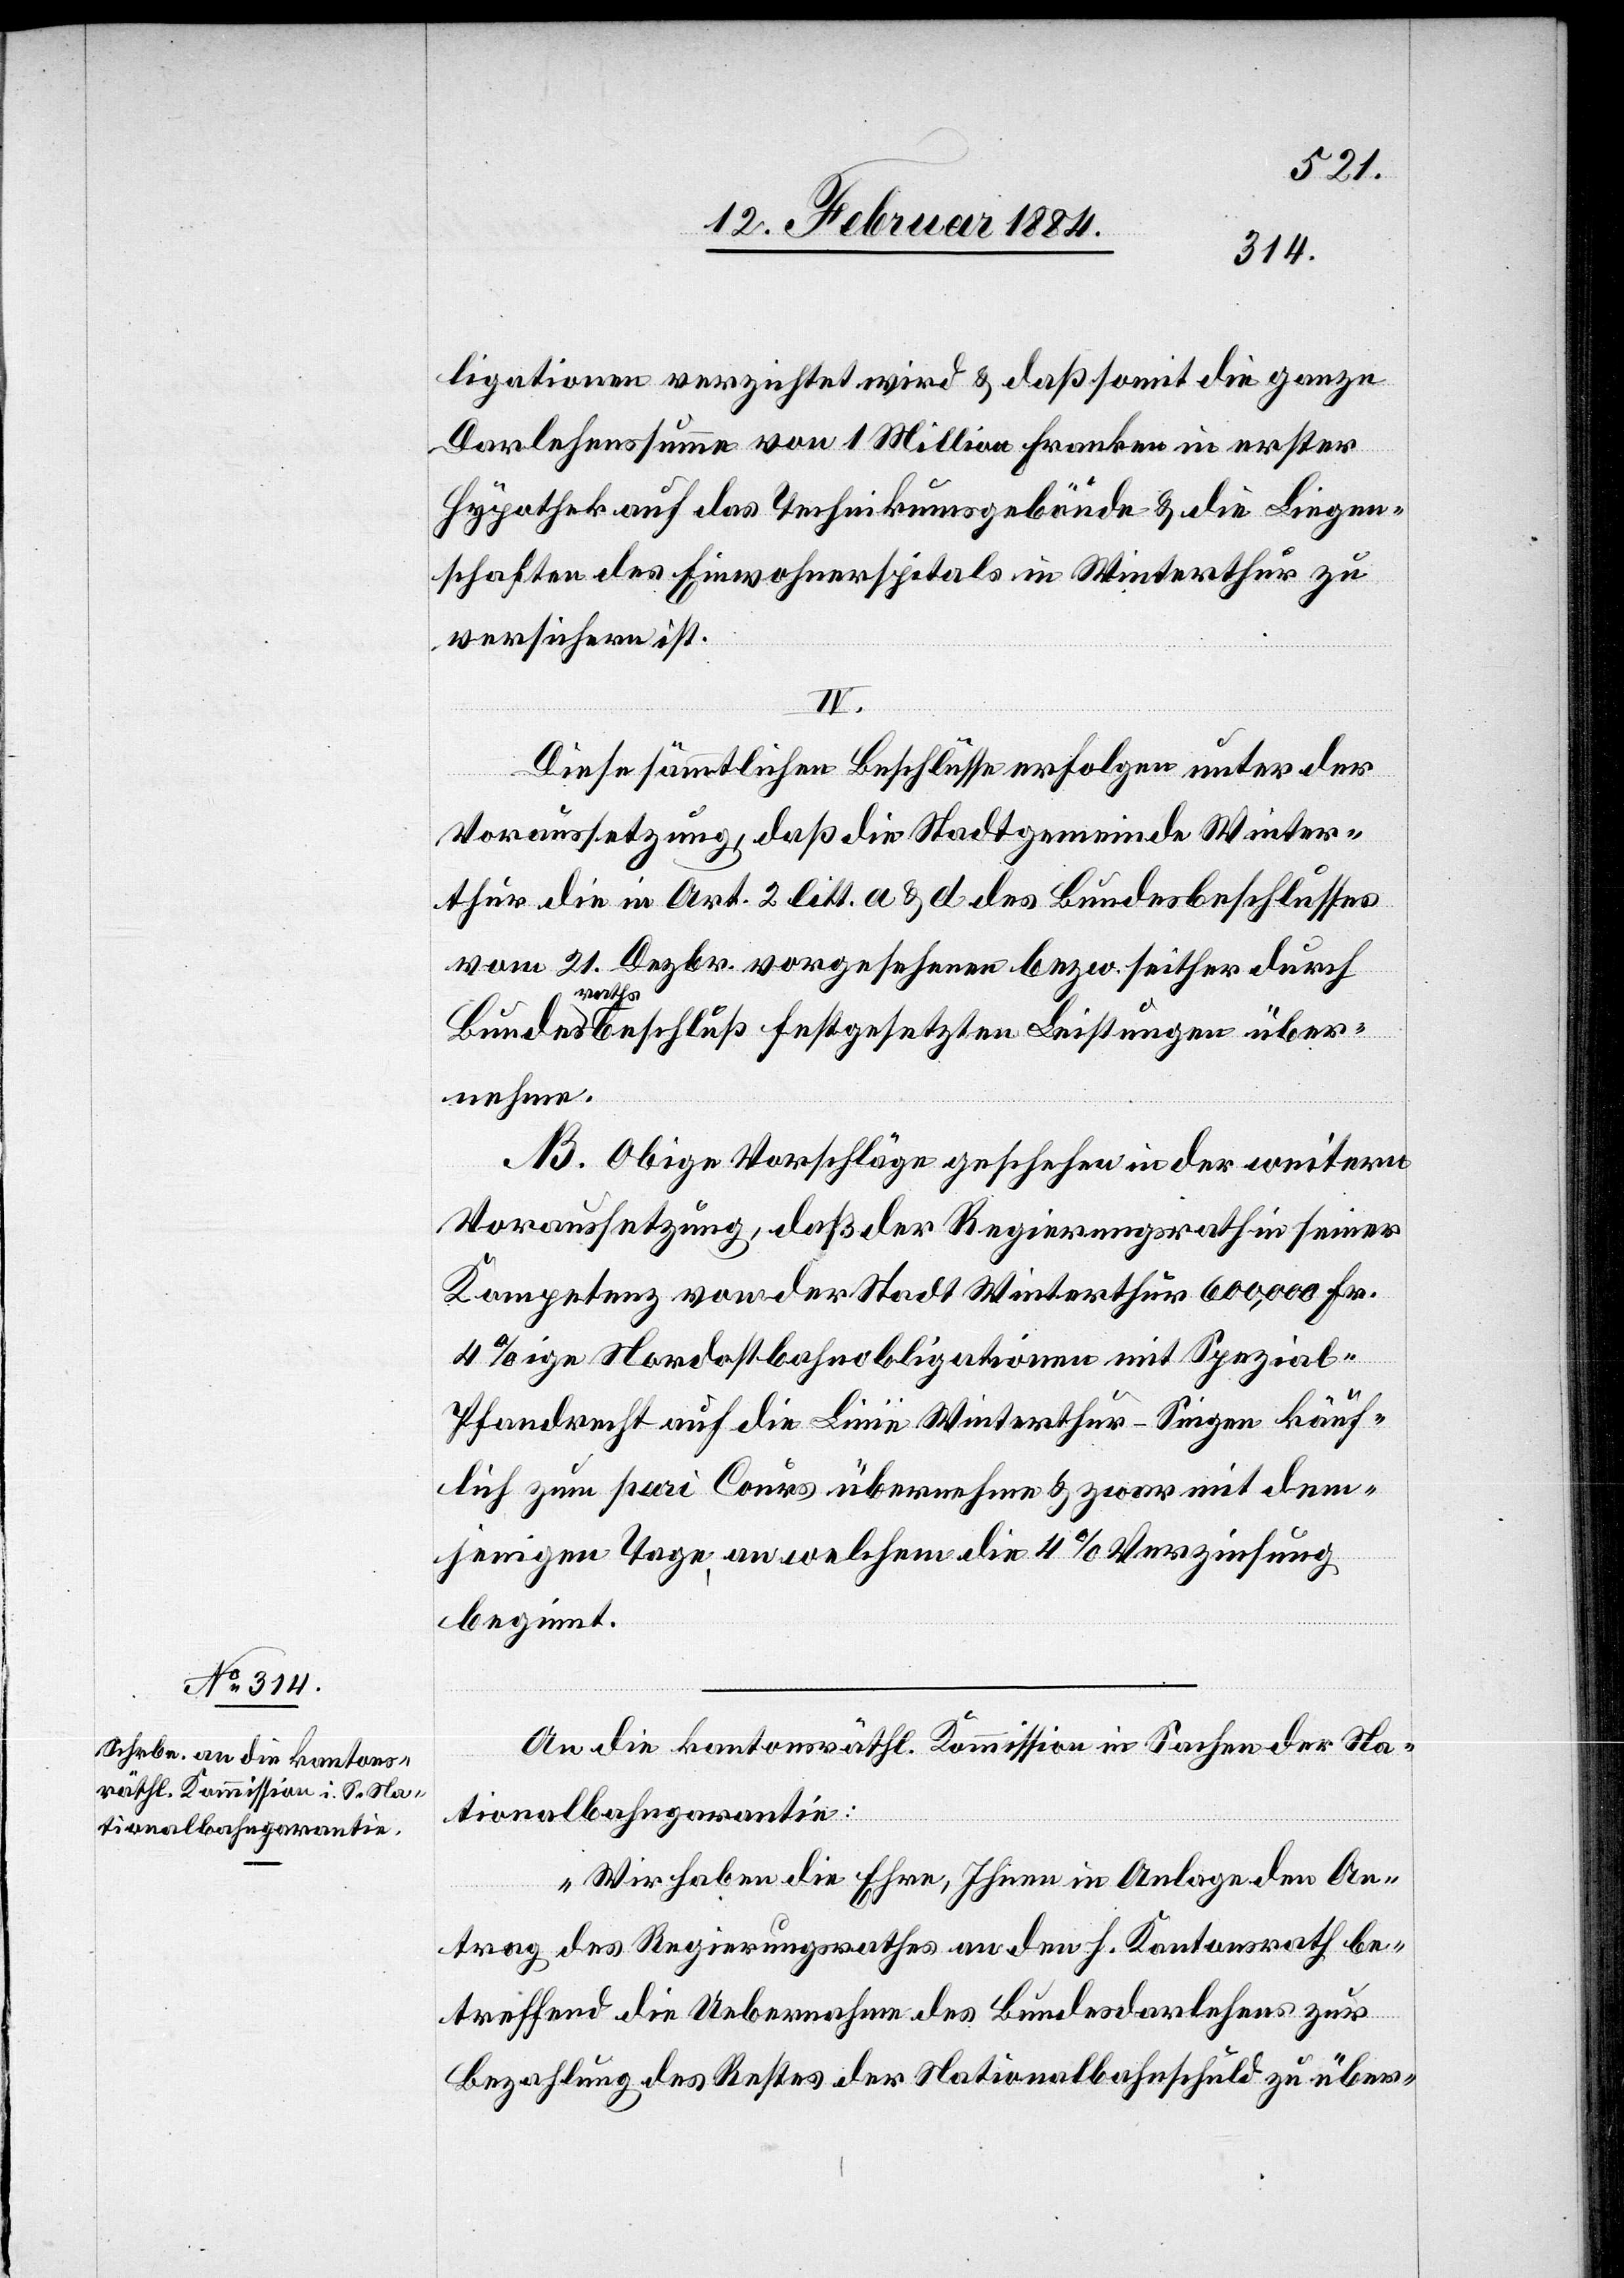
ligationen verzichtet wird & daß somit die ganze
Darlehenssumme von 1 Million Franken in erster
Hypothek auf das Technikumsgebäude & die Liegen¬
schaften des Einwohnerspitals in Winterthur zu
versichern ist.
IV.
Diese sämmtlichen Beschlüsse erfolgen unter der
Voraussetzung, daß die Stadtgemeinde Winter¬
thur die in Art. 2, litt. a & d des Bundesbeschlusses
vom 21. Dezbr. vorgesehene bzw. seither durch
Bundesrathsbeschluß festgesetzten Leistungen über¬
nehme.
Obige Vorschläge geschehen in der weitern
Voraussetzung, daß der Regierungsrath in seiner
Kompetenz von der Stadt Winterthur 600,000 Fr.
4%ige Nordostbahnobligationen mit Spezial-P¬
fandrecht auf die Linie Winterthur–Singen käuf¬
lich zum pari Cours übernehme & zwar mit dem¬
jenigen Tage, an welchem die 4% Verzinsung
beginnt.
an die kantonsräthl. Kommission in Sachen der Na¬
tionalbahngarantie:
„Wir haben die Ehre, Ihnen in Anlage den An¬
trag des Regierungsrathes an den h. Kantonsrath be¬
treffend die Uebernahme des Bundesdarlehens zur
Bezahlung des Restes der Nationalbahnschuld zu über-